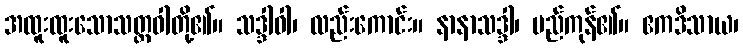
အထူးထူးသောသတ္တဝါတို့၏။ သဒ္ဒါဝါ၊ လည်းကောင်း။ နာနာသဒ္ဒါ၊ မည်ကုန်၏။ ဧကဒိသာယ၊